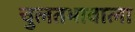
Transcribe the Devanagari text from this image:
चुलतभावाला